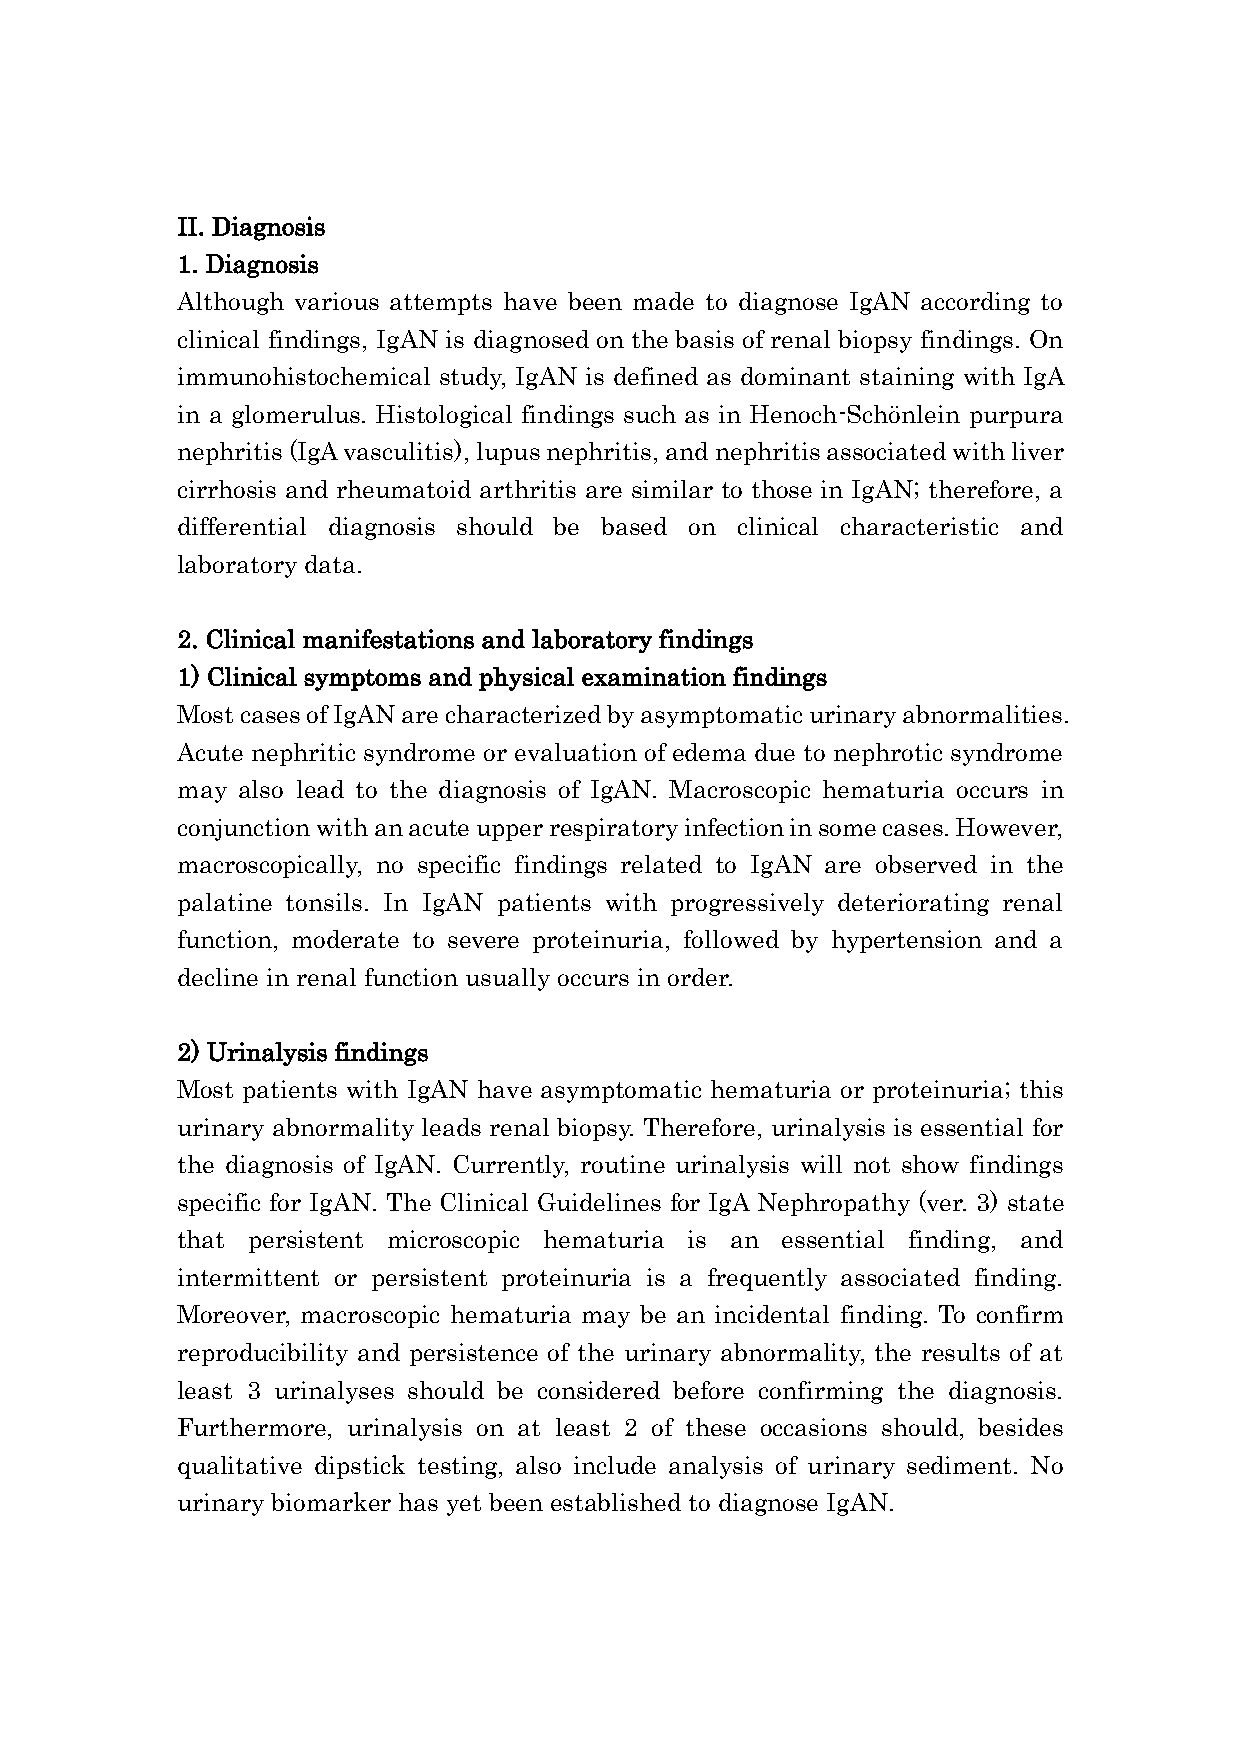
II. Diagnosis
 1. Diagnosis
 Although various attempts have been made to diagnose IgAN according to
 clinical findings, IgAN is diagnosed on the basis of renal biopsy findings. On
 immunohistochemical study, IgAN is defined as dominant staining with IgA
 in a glomerulus. Histological findings such as in Henoch-Schönlein purpura
 nephritis (IgA vasculitis), lupus nephritis, and nephritis associated with liver
 cirrhosis and rheumatoid arthritis are similar to those in IgAN; therefore, a
 differential diagnosis should be based on clinical characteristic and
 laboratory data.
 2. Clinical manifestations and laboratory findings
 1) Clinical symptoms and physical examination findings
 Most cases of IgAN are characterized by asymptomatic urinary abnormalities.
 Acute nephritic syndrome or evaluation of edema due to nephrotic syndrome
 may also lead to the diagnosis of IgAN. Macroscopic hematuria occurs in
 conjunction with an acute upper respiratory infection in some cases. However,
 macroscopically, no specific findings related to IgAN are observed in the
 palatine tonsils. In IgAN patients with progressively deteriorating renal
 function, moderate to severe proteinuria, followed by hypertension and a
 decline in renal function usually occurs in order.
 2) Urinalysis findings
 Most patients with IgAN have asymptomatic hematuria or proteinuria; this
 urinary abnormality leads renal biopsy. Therefore, urinalysis is essential for
 the diagnosis of IgAN. Currently, routine urinalysis will not show findings
 specific for IgAN. The Clinical Guidelines for IgA Nephropathy (ver. 3) state
 that persistent microscopic hematuria is an essential finding, and
 intermittent or persistent proteinuria is a frequently associated finding.
 Moreover, macroscopic hematuria may be an incidental finding. To confirm
 reproducibility and persistence of the urinary abnormality, the results of at
 least 3 urinalyses should be considered before confirming the diagnosis.
 Furthermore, urinalysis on at least 2 of these occasions should, besides
 qualitative dipstick testing, also include analysis of urinary sediment. No
 urinary biomarker has yet been established to diagnose IgAN.